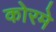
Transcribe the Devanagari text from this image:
कोरमे